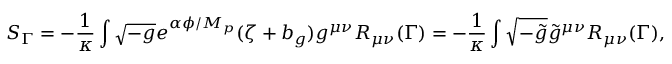
S _ { \Gamma } = - \frac { 1 } { \kappa } \int \sqrt { - g } e ^ { \alpha \phi / M _ { p } } ( \zeta + b _ { g } ) g ^ { \mu \nu } R _ { \mu \nu } ( \Gamma ) = - \frac { 1 } { \kappa } \int \sqrt { - \tilde { g } } \tilde { g } ^ { \mu \nu } R _ { \mu \nu } ( \Gamma ) ,